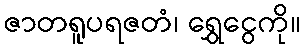
ဇာတရူပရဇတံ၊ ရွှေငွေကို။